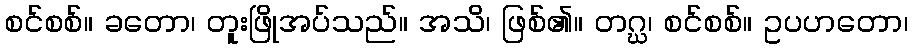
စင်စစ်။ ခတော၊ တူးဖြိုအပ်သည်။ အသိ၊ ဖြစ်၏။ တဂ္ဃ၊ စင်စစ်။ ဥပဟတော၊